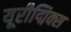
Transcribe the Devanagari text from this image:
यूरीद्मिक्स